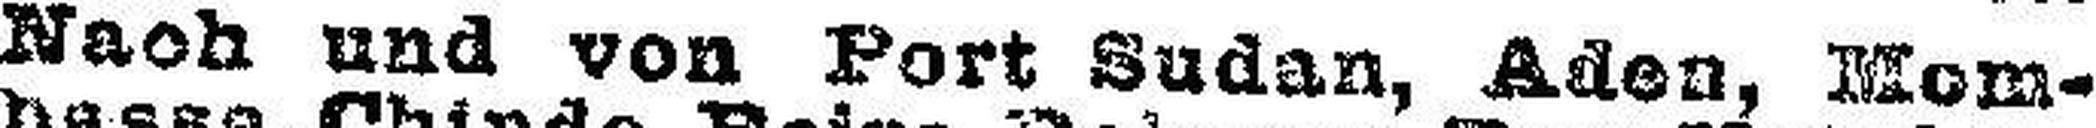
Nach und von Port Sudan, Aden, Mom¬